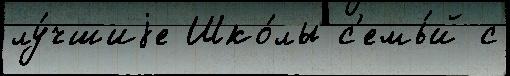
лу́чшиjе Шко́лы с'емь́й с